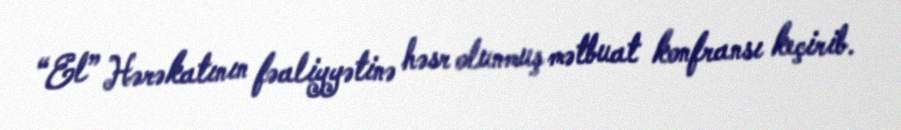
“El” Hərəkatının fəaliyyətinə həsr olunmuş mətbuat konfransı keçirib.